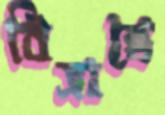
বিভ্রান্তে